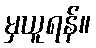
မှယူရန်။